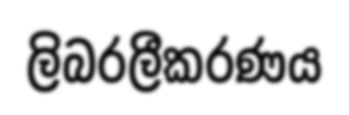
ලිබරලීකරණය